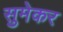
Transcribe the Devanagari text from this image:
सुमेकर